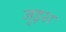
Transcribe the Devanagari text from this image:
जुइश